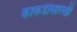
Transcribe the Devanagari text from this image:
काकडीसारखी